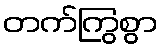
တက်ကြွစွာ